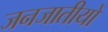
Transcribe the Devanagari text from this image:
जनजातीयों